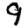
Digit: 9